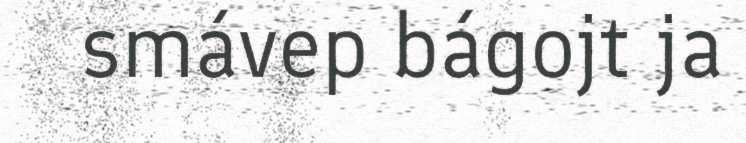
smávep bágojt ja